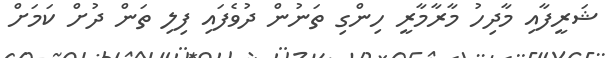
ޝަރީފާއި މާދިހު މާރާމާރީ ހިންގި ތަނުން ދުވެފައި ފިލި ތަން ދުށް ކަމަށް